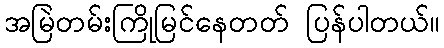
အမြဲတမ်းကြိုမြင်နေတတ် ပြန်ပါတယ်။